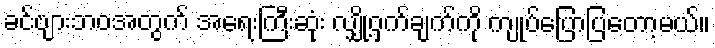
ခင်ဗျားဘဝအတွက် အရေးကြီးဆုံး လျှို့ဝှက်ချက်ကို ကျုပ်ပြောပြတော့မယ်။